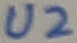
Text: U2